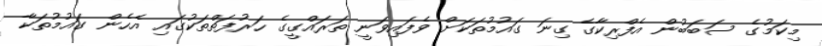
މިކަމުގެ ސަބަބުން އެފްރިކާގެ ގިނަ ގައުމުތަކަށް ވެފައިވަނީ ތަރައްގީގެ ހަރުފަތްތަކުގައި އެހެން ގައުމުތަކާ